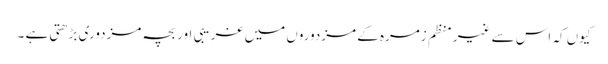
کیوں کہ اس سے غیر منظم زمرہ کے مزدوروں میں غریبی اور بچہ مزدوری بڑھتی ہے ۔